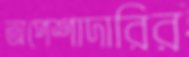
অপেশাদারির